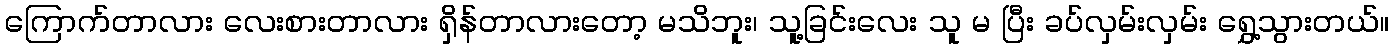
ကြောက်တာလား လေးစားတာလား ရှိန်တာလားတော့ မသိဘူး၊ သူ့ခြင်းလေး သူ မ ပြီး ခပ်လှမ်းလှမ်း ရွှေ့သွားတယ်။